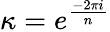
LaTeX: \kappa=e^{\frac{-2\pi i}{\textit{n}}}